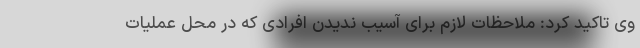
وی تاکید کرد: ملاحظات لازم برای آسیب ندیدن افرادی که در محل عملیات